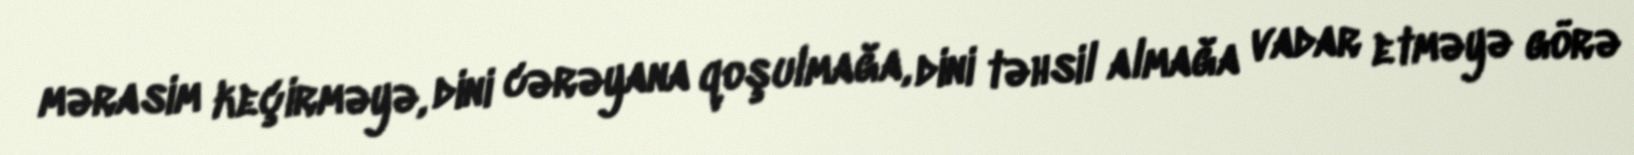
mərasim keçirməyə, dini cərəyana qoşulmağa, dini təhsil almağa vadar etməyə görə